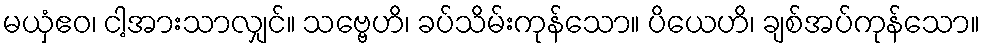
မယှံဧဝ၊ ငါ့အားသာလျှင်။ သဗ္ဗေဟိ၊ ခပ်သိမ်းကုန်သော။ ပိယေဟိ၊ ချစ်အပ်ကုန်သော။